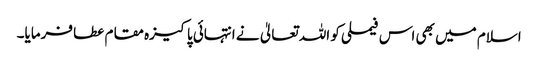
اسلام میں بھی اس فیملی کو اللہ تعالیٰ نے انتہائی پاکیزہ مقام عطا فرمایا۔